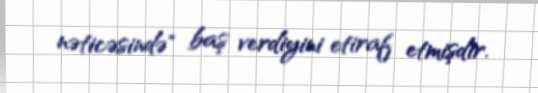
nəticəsində" baş verdiyini etiraf etmişdir.